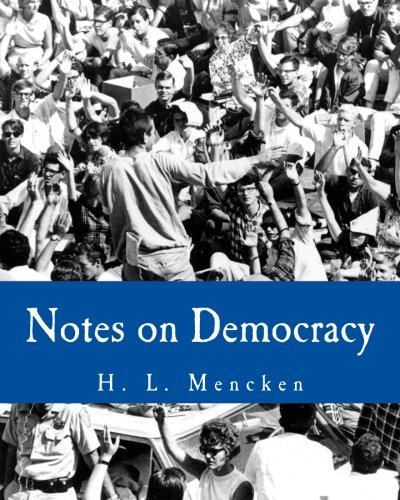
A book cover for Notes on Democracy (Large Print Edition); H. L. Mencken; Humor & Entertainment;